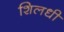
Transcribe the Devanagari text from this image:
शिलधी